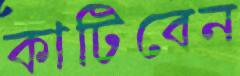
কাটিবেন